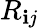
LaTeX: R_{\mathbf{i}j}